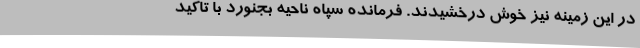
در این زمینه نیز خوش درخشیدند. فرمانده سپاه ناحیه بجنورد با تاکید